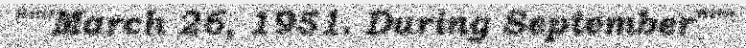
"""March 26, 1951. During September"""